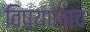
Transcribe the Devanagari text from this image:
विषयालाच